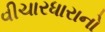
વીચારધારાનો